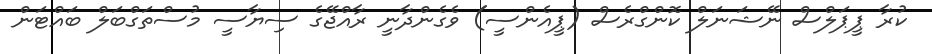
ކުރާ ޕީޕަލްސް ނޭޝަނަލް ކޮންގްރެސް (ޕީއެންސީ) ވެގެންދާނީ ރާއްޖޭގެ ސިޔާސީ މުސްތަގްބަލް ބައްޓަން